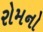
રોમનો